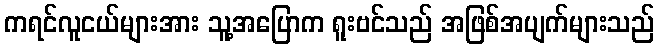
ကရင်လူငယ်များအား သူ့အပြောက ရူးဗင်သည် အဖြစ်အပျက်များသည်